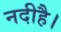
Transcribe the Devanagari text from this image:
नदीहै।